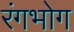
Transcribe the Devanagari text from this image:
रंगभोग